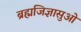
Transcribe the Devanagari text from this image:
ब्रह्मजिज्ञासुओं